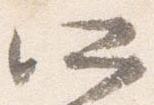
所